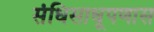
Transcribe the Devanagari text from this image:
संधिसाधूपणास